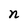
Character: n